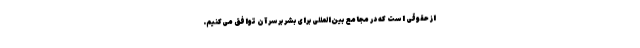
از حقوقی است که در مجامع بین‌المللی برای بشر برسر آن توافق می‌کنیم.